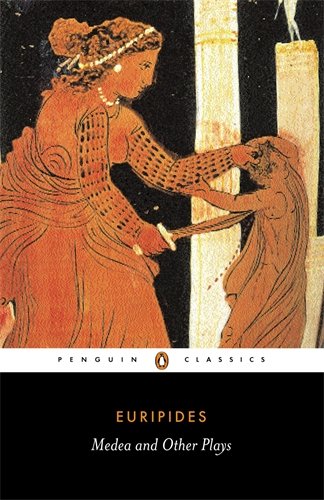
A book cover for Medea and Other Plays (Penguin Classics); Euripides; Literature & Fiction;